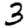
Digit: 3